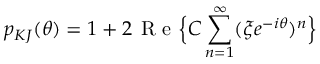
p _ { K J } ( \theta ) = 1 + 2 \; \! \mathrm { ~ R ~ e ~ } \Big \{ C \sum _ { n = 1 } ^ { \infty } ( \xi e ^ { - i \theta } ) ^ { n } \Big \}